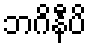
ဘဂိနီပိ